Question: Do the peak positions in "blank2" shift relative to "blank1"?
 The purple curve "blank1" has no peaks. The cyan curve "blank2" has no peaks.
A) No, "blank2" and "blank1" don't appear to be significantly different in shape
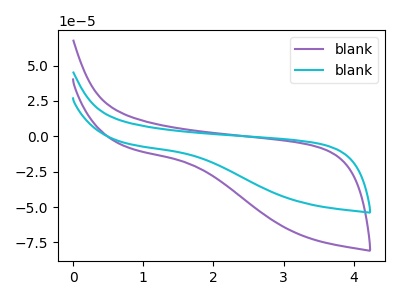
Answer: <think>Neither "blank2" or "blank1" have any peaks.
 </think>
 <answer>A) No, "blank2" and "blank1" don't appear to be significantly different in shape</answer>
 <eval>A</eval>